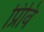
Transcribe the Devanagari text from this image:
प्रिवि